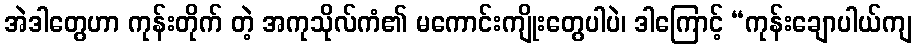
အဲဒါတွေဟာ ကုန်းတိုက် တဲ့ အကုသိုလ်ကံ၏ မကောင်းကျိုးတွေပါပဲ၊ ဒါကြောင့် “ကုန်းချောပါယ်ကျ